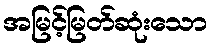
အမြင့်မြတ်ဆုံးသော